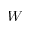
W